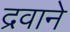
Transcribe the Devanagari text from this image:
द्रवाने